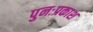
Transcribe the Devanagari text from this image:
पुनःप्रकाश